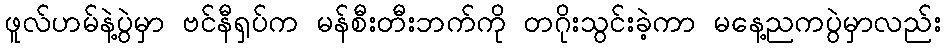
ဖူလ်ဟမ်နဲ့ပွဲမှာ ဗင်နီရှပ်က မန်စီးတီးဘက်ကို တဂိုးသွင်းခဲ့ကာ မနေ့ညကပွဲမှာလည်း